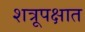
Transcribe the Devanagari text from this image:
शत्रूपक्षात